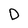
Character: D